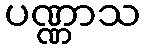
ပဏ္ဏာသ